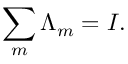
\sum _ { m } \Lambda _ { m } = I .